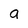
Character: a